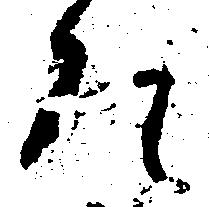
ひ